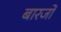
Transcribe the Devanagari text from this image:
बारजों